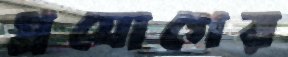
প্রযোগের